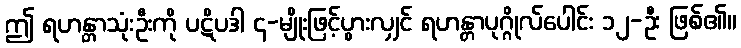
ဤ ရဟန္တာသုံးဦးကို ပဋိပဒါ ၄-မျိုးဖြင့်ပွားလျှင် ရဟန္တာပုဂ္ဂိုလ်ပေါင်း ၁၂-ဦး ဖြစ်၏။